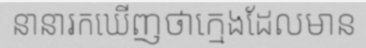
នានារកឃើញថាក្មេងដែលមាន